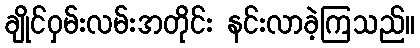
ချိုင်ဝှမ်းလမ်းအတိုင်း နင်းလာခဲ့ကြသည်။